system: You are a helpful assistant.
user:
Analyze the provided spectrum to determine if it is a **Carbon Star (C-type)**.

- **Key Visual Indicators of Carbon Star:**
    - **(Primary):** Strong molecular absorption from **C₂ (diatomic carbon) "Swan Bands."** This is the **defining feature** of a carbon star.
        - **(Key Bandheads):** Sharp absorption edges are visible at approximately $5635$ Å, $5165$ Å (the strongest band), and $4737$ Å.
        - **(Line Profile):** Creates a distinct **"saw-tooth"** pattern. The key morphology is a sharp, steep bandhead on the **red (long-wavelength) side**, which then gradually tapers off (i.e., flux recovers) towards the **blue (short-wavelength) side**. *(This is the direct opposite of the TiO bands seen in M-type stars)*.

    - **(Secondary):** Intense **CN (cyanogen)** molecular absorption bands.
        - **(Key Bandheads):** Located in the blue and violet regions of the spectrum (e.g., near $4215$ Å and $3883$ Å).
        - **(Morphology):** These bands are extremely broad and act as a "blanket," absorbing the vast majority of blue and violet light. This creates a characteristic **"cliff"** or **"steep drop-off"** in the spectrum's flux at short wavelengths.

    - **(Key Confirmation):** Strong **CH absorption band (G-band)**.
        - **(Key Bandhead):** Located around $4300$ Å. The contribution from CH molecules to this band is exceptionally strong.

    - **(Overall Spectrum):**
        - The continuum is severely "chopped up" by these deep molecular bands, especially C₂, rather than appearing as a smooth curve.
        - Due to the heavy CN and C₂ absorption in the blue-green, the vast majority of the star's flux is concentrated in the red part of the spectrum, giving the star its characteristic deep red color.

Think first, call **spectral_visualization_tool** if needed to examine features in detail, then provide your final answer. Your response must adhere to the following strict rules:
1.  **Overall Structure:** Your response must follow the format `<think>...</think> <tool_call>...</tool_call> (if a tool is used) <answer>...</answer>`.
2.  **Tool Usage Constraint:** You may only make **one** tool call per turn.
3.  **Final Answer Format:** In the `<answer>` tag, your conclusion must be inside a `\boxed{}` command (e.g., `\boxed{YES}`), followed by your justification.

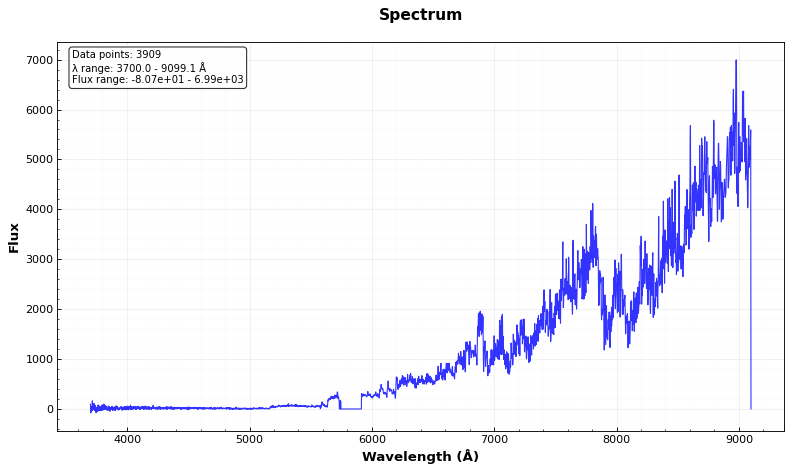
Answer: YES